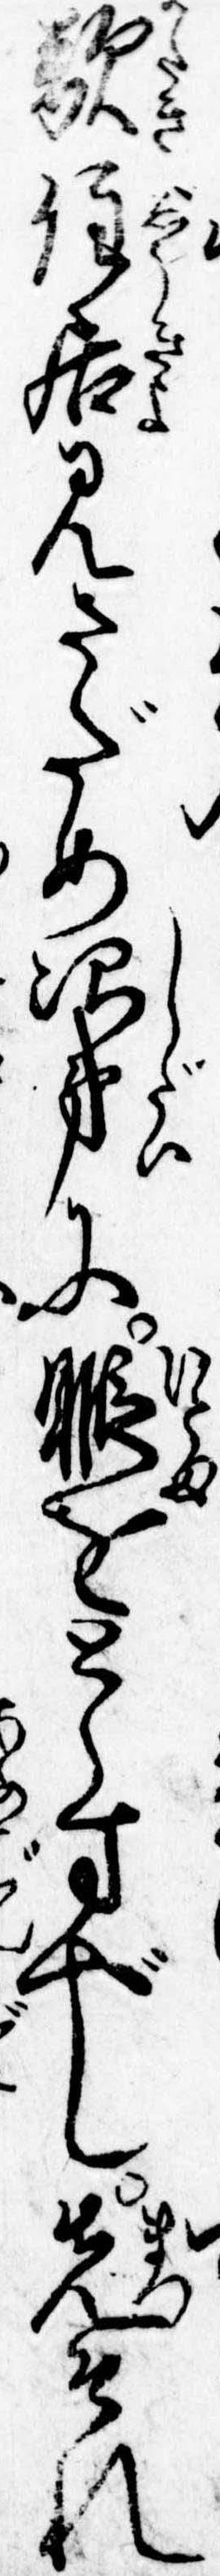
敵住居見さだめ次第に暇をとらすべし先それ